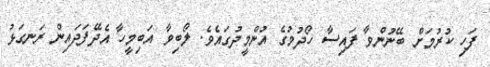
ފަހި ކުރުމަށް ބޭނުންވާ ފައިސާ ހޯދުމުގެ އުންމީދުގައެވެ. ލޯބިވާ އަބިމީހާ އެދޭފަދައިން ރަނގަޅު